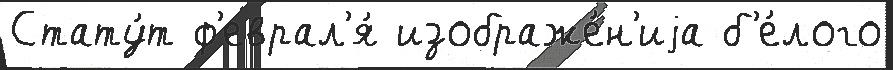
Стату́т ф'еврал'я́ изображе́н'иjа б'е́лого